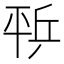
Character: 𰏨